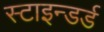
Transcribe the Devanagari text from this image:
स्टाइन्डर्ड